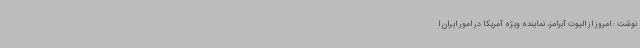
نوشت : امروز از الیوت آبرامز، نماینده ویژه آمریکا در امور ایران ا